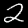
Digit: 2